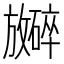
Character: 𪯞